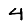
Digit: 4